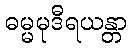
ဓမ္မမုဒီရယန္တာ